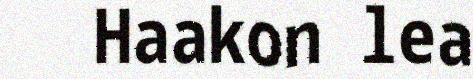
Haakon lea